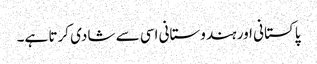
پاکستانی اور ہندوستانی اسی سے شادی کرتا ہے۔